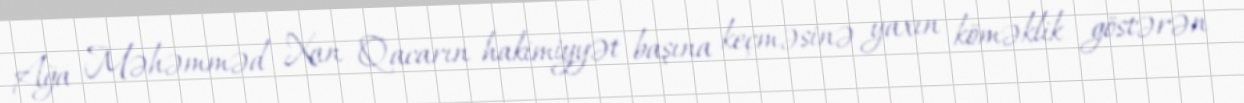
Ağa Məhəmməd Xan Qacarın hakimiyyət başına keçməsinə yaxın köməklik göstərən